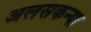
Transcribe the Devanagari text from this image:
अलसकन्या